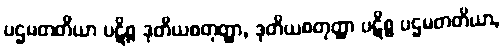
ပဌမတတိယာ ပဋိစ္စ ဒုတိယစတုတ္ထာ, ဒုတိယစတုတ္ထာ ပဋိစ္စ ပဌမတတိယာ,